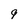
Character: 9